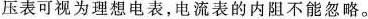
压表可视为理想电表，电流表的内阻不能忽略。